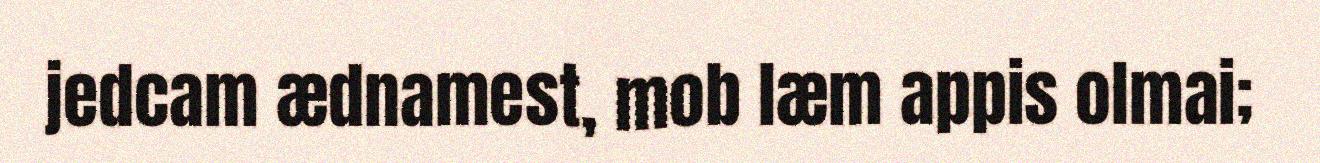
jedcam ædnamest, mob læm appis olmai;